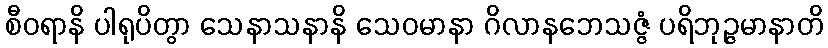
စီဝရာနိ ပါရုပိတွာ သေနာသနာနိ သေဝမာနာ ဂိလာနဘေသဇ္ဇံ ပရိဘုဉ္ဇမာနာတိ